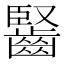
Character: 𪘦